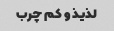
لذیذ و کم چرب